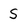
Character: S